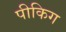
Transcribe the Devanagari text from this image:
पीकिग